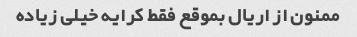
ممنون از اریال بموقع فقط کرایه خیلی زیاده